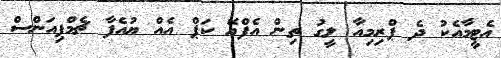
އެޓީމާއެކު ދެ ޕްރިމިއާ ލީގު ތިން އެފްއޭ ކަޕް އެއް ޔުއެފާ ޗެމްޕިއަންސް